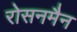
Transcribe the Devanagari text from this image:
रोसनमैन